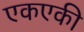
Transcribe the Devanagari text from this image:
एकएकी